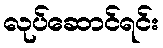
လုပ်ဆောင်ရင်း